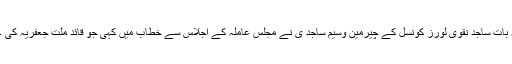
یہ بات ساجد نقوی لورز کونسل کے چیرمین وسیم ساجد ی نے مجلس عاملہ کے اجلاس سے خطاب میں کہی جو قائد ملت جعفریہ کی 4۔